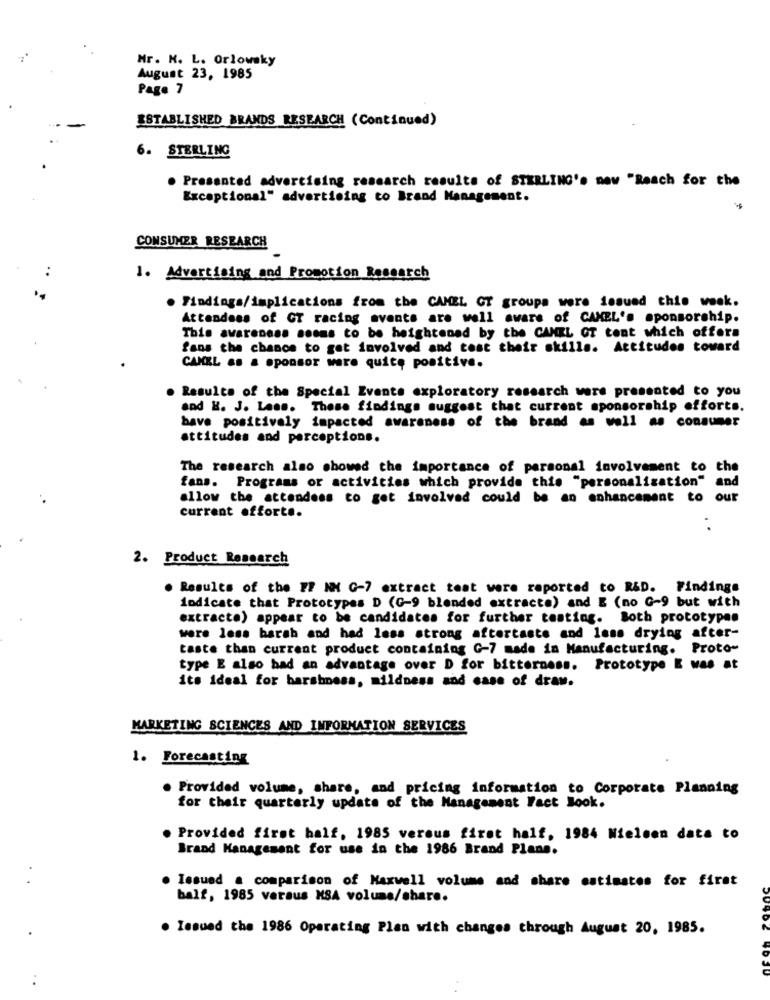
Mr. N. L. Orlowsky
August 23, 1985
Page 7
ESTABLISHED BRANDS RESEARCH (Continued)
6. STERLING
. Presented advertising research results of STERLING's now "Reach for the
Exceptional" advertising co Brand Management.
CONSUMER RESEARCH
1. Advertising and Promotion Research
. Findings/implications from the CAMEL GT groups were issued this week.
Attendees of GT racing avents are well aware of CAMEL's sponsorship.
This awareness seems to be heightened by the CAMEL OT tont which offers
fans the chance to get involved and test their skills. Attitudes toward
CAMEL as a sponsor were quite positive.
. Results of the Special Events exploratory research were presented to you
and H. J. Lass. These findings suggest that current sponsorship efforts.
bave positively impacted awareness of the brand as well as consumer
attitudes and perceptions.
The research also showed the importance of personal involvement to the
fans. Programs or activities which provide this "personalization" and
allow the attendees to get involved could be an enhancement to our
current offorte.
2. Product Research
. Results of the FF NH G-7 extract teat were reported to R&D. Findings
indicate that Prototypes D (G-9 blended extracte) and E (no G-9 but with
extracto) appear to be candidates for further testing. Both prototypes
were less harsh and had less strong aftertaste and less drying after-
taste than current product containing G-7 made in Manufacturing. Proto-
type E also had an advantage over D for bitterness. Prototype I was at
its ideal for harshness, mildness and case of draw.
MARKETING SCIENCES AND INFORMATION SERVICES
1. Forecasting
. Provided volume, share, and pricing information to Corporate Planning
for their quarterly update of the Management Fact Book.
Provided first half, 1985 versus first half, 1984 Nielsen data to
Brand Management for use in the 1986 Brand Plans.
Issued a comparison of Maxwell volume and share estimates for first
balf, 1985 versus KSA volume/share.
. Issued the 1986 Operating Plan with changes through August 20, 1985.